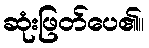
ဆုံးဖြတ်ပေ၏။